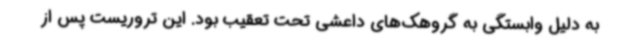
به دلیل وابستگی به گروهک‌های داعشی تحت تعقیب بود. این تروریست پس از